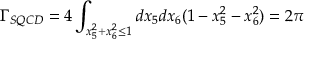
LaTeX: \Gamma _ { S Q C D } = 4 \int _ { x _ { 5 } ^ { 2 } + x _ { 6 } ^ { 2 } \le 1 } d x _ { 5 } d x _ { 6 } ( 1 - x _ { 5 } ^ { 2 } - x _ { 6 } ^ { 2 } ) = 2 \pi